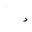
Letter: _dal